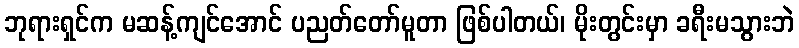
ဘုရားရှင်က မဆန့်ကျင်အောင် ပညတ်တော်မူတာ ဖြစ်ပါတယ်၊ မိုးတွင်းမှာ ခရီးမသွားဘဲ